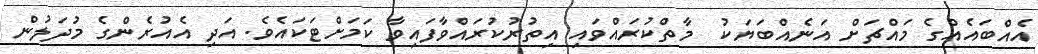
އެއްބައެއްގެ މައްޗަށް އަނެއްބަޔަކު  މާތްކުރައްވައި އިތުރުކުރައްވާފައިވާ ކަމަށްޓަކައެވެ. އަދި އެއުރެންގެ މުދަލުން